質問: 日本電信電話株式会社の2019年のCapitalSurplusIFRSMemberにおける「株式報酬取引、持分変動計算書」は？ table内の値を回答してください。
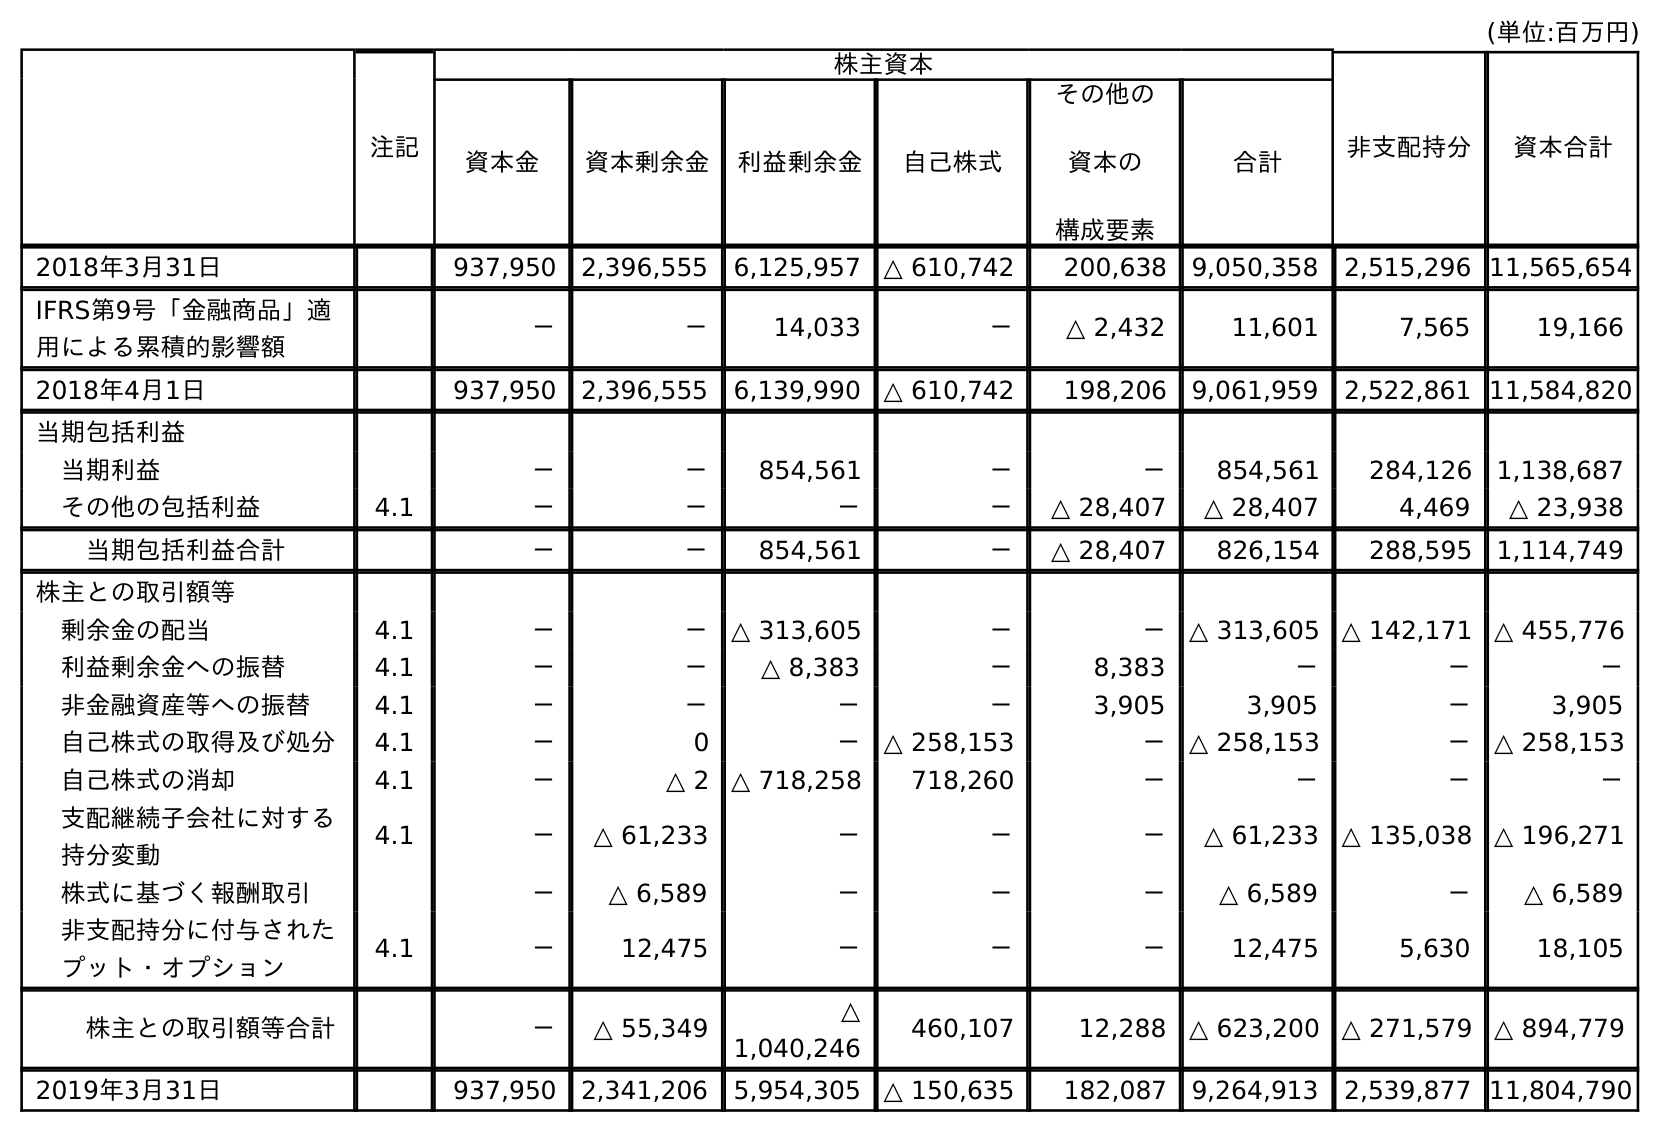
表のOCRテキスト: (単位:百万円) 注記 株主資本 非支配持分 資本合計 資本金 資本剰余金 利益剰余金 自己株式 その他の 資本の 構成要素 合計 2018年3月31日 937,950 2,396,555 6,125,957 △ 610,742 200,638 9,050,358 2,515,296 11,565,654 IFRS第9号「金融商品」適 用による累積的影響額 － － 14,033 － △ 2,432 11,601 7,565 19,166 2018年4月1日 937,950 2,396,555 6,139,990 △ 610,742 198,206 9,061,959 2,522,861 11,584,820 当期包括利益 当期利益 － － 854,561 － － 854,561 284,126 1,138,687 その他の包括利益 4.1 － － － － △ 28,407 △ 28,407 4,469 △ 23,938 当期包括利益合計 － － 854,561 － △ 28,407 826,154 288,595 1,114,749 株主との取引額等 剰余金の配当 4.1 － － △ 313,605 － － △ 313,605 △ 142,171 △ 455,776 利益剰余金への振替 4.1 － － △ 8,383 － 8,383 － － － 非金融資産等への振替 4.1 － － － － 3,905 3,905 － 3,905 自己株式の取得及び処分 4.1 － 0 － △ 258,153 － △ 258,153 － △ 258,153 自己株式の消却 4.1 － △ 2 △ 718,258 718,260 － － － － 支配継続子会社に対する 持分変動 4.1 － △ 61,233 － － － △ 61,233 △ 135,038 △ 196,271 株式に基づく報酬取引 － △ 6,589 － － － △ 6,589 － △ 6,589 非支配持分に付与された プット・オプション 4.1 － 12,475 － － － 12,475 5,630 18,105 株主との取引額等合計 － △ 55,349 △ 1,040,246 460,107 12,288 △ 623,200 △ 271,579 △ 894,779 2019年3月31日 937,950 2,341,206 5,954,305 △ 150,635 182,087 9,264,913 2,539,877 11,804,790
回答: △6,589